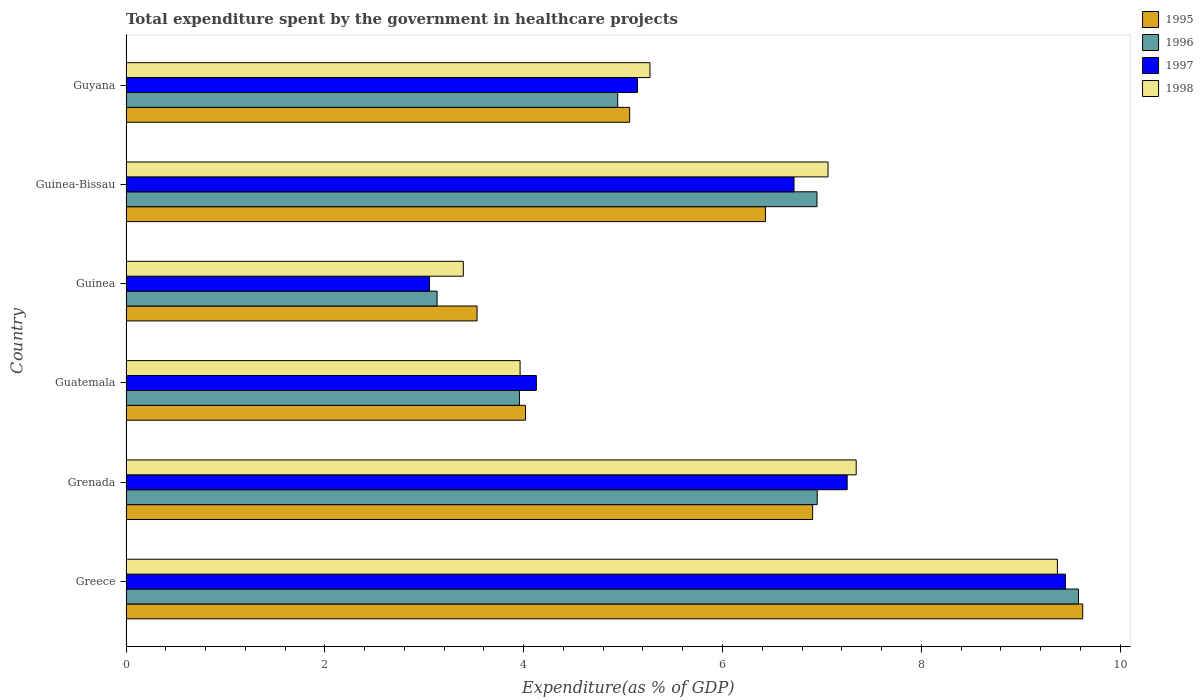
| Country | 1995 | 1996 | 1997 | 1998 |
 | --- | --- | --- | --- | --- |
 | Greece | 9.62 | 9.58 | 9.45 | 9.37 |
 | Grenada | 6.91 | 6.95 | 7.25 | 7.35 |
 | Guatemala | 4.02 | 3.96 | 4.13 | 3.96 |
 | Guinea | 3.53 | 3.13 | 3.05 | 3.39 |
 | Guinea-Bissau | 6.43 | 6.95 | 6.72 | 7.06 |
 | Guyana | 5.07 | 4.95 | 5.15 | 5.27 |